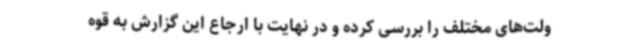
ولت‌های مختلف را بررسی کرده و در نهایت با ارجاع این گزارش به قوه